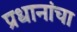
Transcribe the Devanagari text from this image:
प्रधानांचा